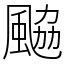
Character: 䬅